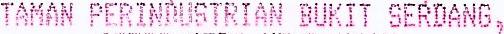
TAMAN PERINDUSTRIAN BUKIT SERDANG,